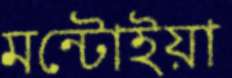
মন্টোইয়া